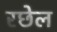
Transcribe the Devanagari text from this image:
रछेल